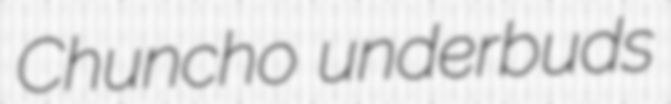
Chuncho underbuds